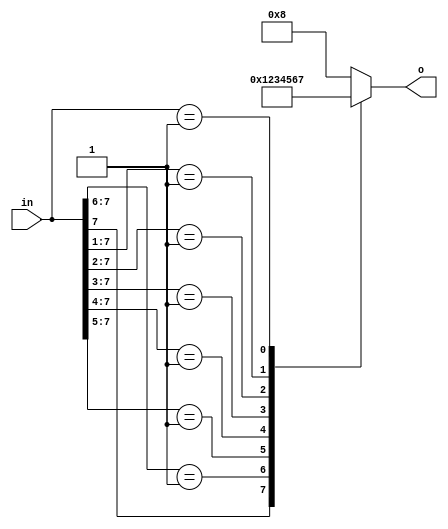
module cntlz8(
    input wire [7:0] in,
    output reg [3:0] o
);

	always @(in) begin
		casez (in)
            8'b1???????: o = 0;
            8'b01??????: o = 1;
            8'b001?????: o = 2;
            8'b0001????: o = 3;
            8'b00001???: o = 4;
            8'b000001??: o = 5;
            8'b0000001?: o = 6;
            8'b00000001: o = 7;
            default: o = 8;
        endcase
    end

endmodule

module cntlz24(
	input [23:0] i,
	output [4:0] o
);

	wire [3:0] cnt1, cnt2, cnt3;

	cntlz8 u1 (i[7: 0],cnt1);
	cntlz8 u2 (i[15: 8],cnt2);
	cntlz8 u3 (i[23:16],cnt3);

	assign o =
		!cnt3[3] ? {1'b0, cnt3} :
		!cnt2[3] ? {1'b0, cnt2} + 4'b1000 :
		 {1'b0, cnt1} + 5'b10000;

endmodule